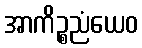
အာကိဉ္စညံယေဝ